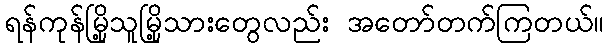
ရန်ကုန်မြို့သူမြို့သားတွေလည်း အတော်တက်ကြတယ်။